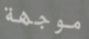
موجهة